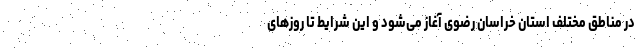
در مناطق مختلف استان خراسان رضوی آغاز می‌شود و این شرایط تا روزهای